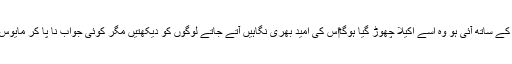
شاید جس کے ساتھ آئی ہو وہ اسے اکیلا چھوڑ گیا ہوگا‎اس کی امید بھری نگاہیں آتے جاتے لوگوں کو دیکھتیں مگر کوئی جواب نا پا کر مایوس ہو جاتیں۔